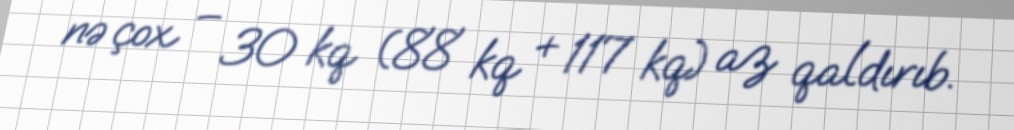
nə çox – 30 kq (88 kq + 117 kq) az qaldırıb.